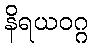
နိရယဝဂ္ဂ